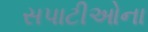
સપાટીઓના